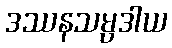
ဒဿနသမ္ပဒါယ